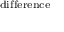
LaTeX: \scriptstyle { \mathrm { d i f f e r e n c e } }